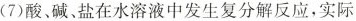
(7)酸、碱、盐在水溶液中发生复分解反应，实际